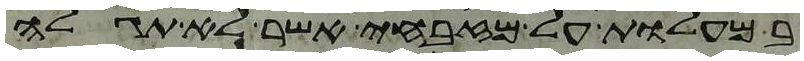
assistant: במעלות על מזבחי אשר לא תגלה